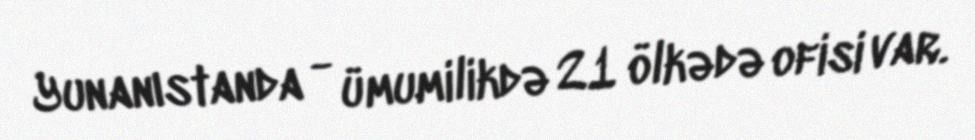
Yunanıstanda - ümumilikdə 21 ölkədə ofisi var.